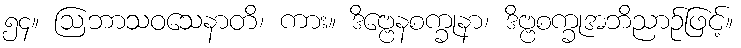
၅၄။ ဩဘာသဝသေနာတိ၊ ကား။ ဒိဗ္ဗေနစက္ခုနာ၊ ဒိဗ္ဗစက္ခုအဘိညာဉ်ဖြင့်။